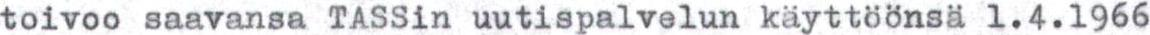
toivoo saavansa TASSin uutispalvelun käyttöönsä 1.4.1966